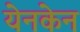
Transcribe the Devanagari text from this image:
येनकेन